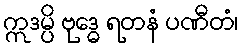
ဣဒမ္ပိ ဗုဒ္ဓေ ရတနံ ပဏီတံ၊